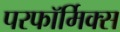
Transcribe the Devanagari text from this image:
परफॉर्मिक्स